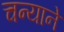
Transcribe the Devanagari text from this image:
चन्याने